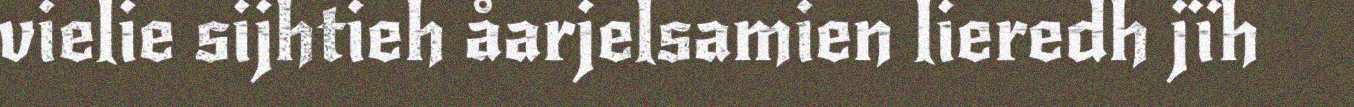
vielie sijhtieh åarjelsamien lieredh jïh